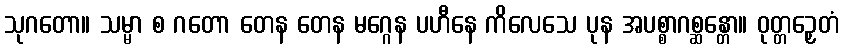
သုဂတော။ သမ္မာ စ ဂတော တေန တေန မဂ္ဂေန ပဟီနေ ကိလေသေ ပုန အပစ္စာဂစ္ဆန္တော။ ဝုတ္တဉှေတံ